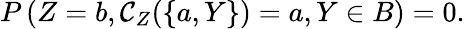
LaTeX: P\left(Z=b,\mathcal{C}_{Z}(\{ a,Y\} )=a,Y\in B\right)=0.